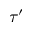
\tau ^ { \prime }